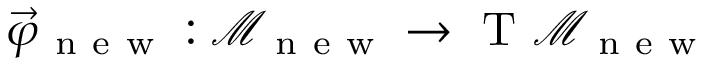
\vec { \varphi } _ { \mathrm { ~ n ~ e ~ w ~ } } : \mathcal { M } _ { \mathrm { ~ n ~ e ~ w ~ } } \to \mathrm { ~ T ~ } \mathcal { M } _ { \mathrm { ~ n ~ e ~ w ~ } }